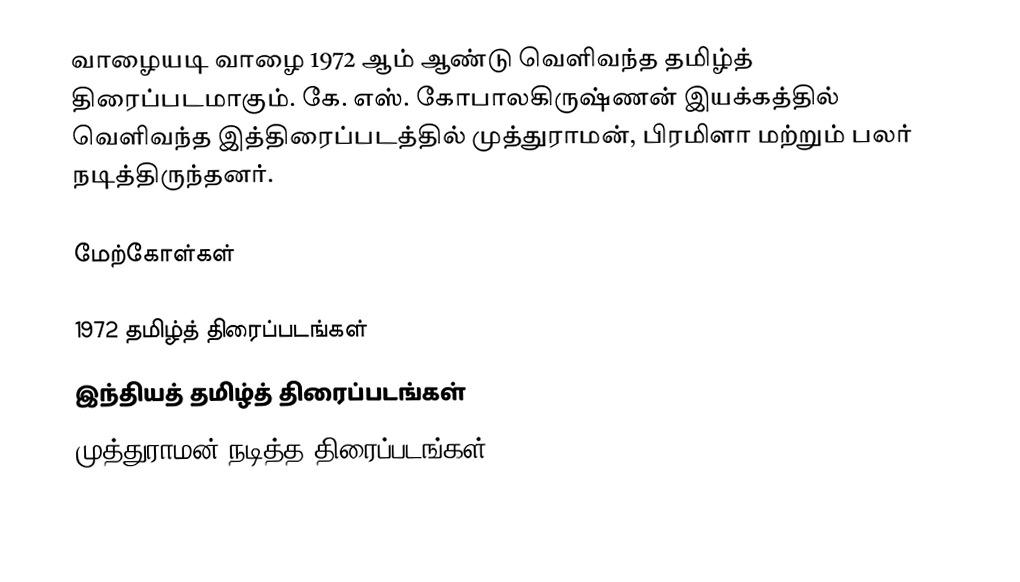
வாழையடி வாழை 1972 ஆம் ஆண்டு வெளிவந்த தமிழ்த் திரைப்படமாகும். கே. எஸ். கோபாலகிருஷ்ணன் இயக்கத்தில் வெளிவந்த இத்திரைப்படத்தில் முத்துராமன், பிரமிளா மற்றும் பலர் நடித்திருந்தனர்.

மேற்கோள்கள்

1972 தமிழ்த் திரைப்படங்கள்
இந்தியத் தமிழ்த் திரைப்படங்கள்
முத்துராமன் நடித்த திரைப்படங்கள்